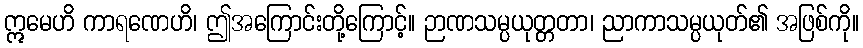
ဣမေဟိ ကာရဏေဟိ၊ ဤအကြောင်းတို့ကြောင့်။ ဉာဏသမ္ပယုတ္တတာ၊ ညာကာသမ္ပယုတ်၏ အဖြစ်ကို။